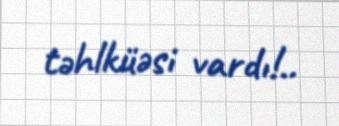
təhlküəsi vardı!..